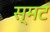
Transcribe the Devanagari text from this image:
स्मट